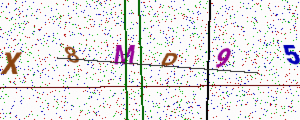
Text: X8MP95